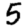
Digit: 5